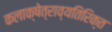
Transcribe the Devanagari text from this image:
कलाक्षेत्राव्यतिरिक्त